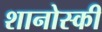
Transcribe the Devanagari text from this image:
शानोस्की